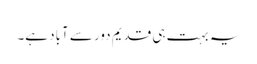
یہ بہت ہی قدیم دور سے آباد ہے۔